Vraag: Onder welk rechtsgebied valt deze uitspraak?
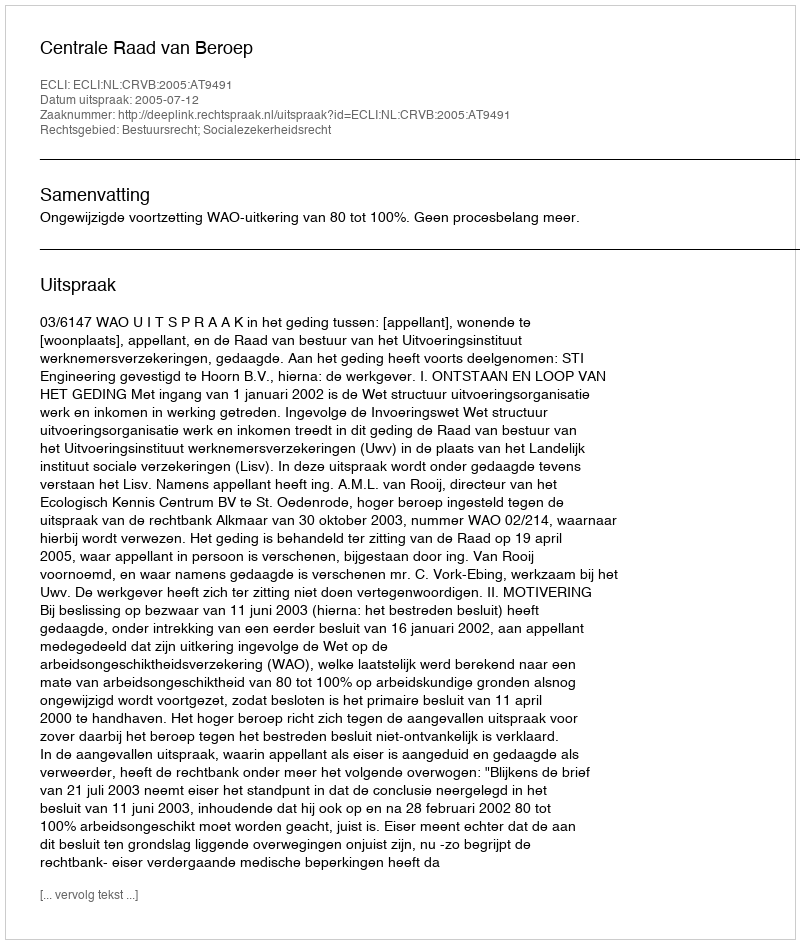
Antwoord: Bestuursrecht; Socialezekerheidsrecht